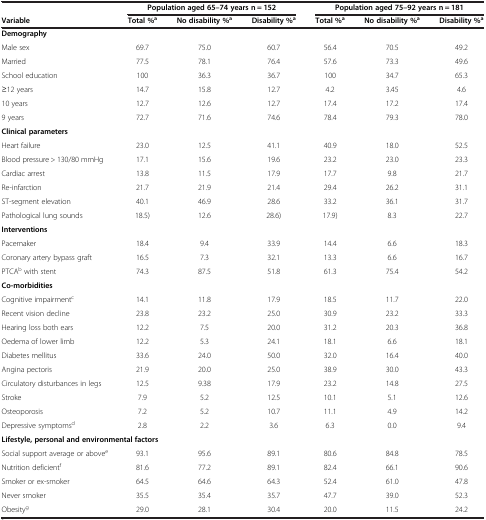
<table><thead><tr><td><b> </b></td><td colspan="3"><b>Population aged 65–74 years n = 152</b></td><td colspan="3"><b>Population aged 75–92 years n = 181</b></td></tr><tr><td><b>Variable</b></td><td><b>Total %<sup>a</sup></b></td><td><b>No disability %<sup>a</sup></b></td><td><b>Disability %<sup>a</sup></b></td><td><b>Total %<sup>a</sup></b></td><td><b>No disability %<sup>a</sup></b></td><td><b>Disability %<sup>a</sup></b></td></tr></thead><tbody><tr><td colspan="7"><b>Demography</b></td></tr><tr><td>Male sex</td><td>69.7</td><td>75.0</td><td>60.7</td><td>56.4</td><td>70.5</td><td>49.2</td></tr><tr><td>Married</td><td>77.5</td><td>78.1</td><td>76.4</td><td>57.6</td><td>73.3</td><td>49.6</td></tr><tr><td>School education</td><td>100</td><td>36.3</td><td>36.7</td><td>100</td><td>34.7</td><td>65.3</td></tr><tr><td>≥12 years</td><td>14.7</td><td>15.8</td><td>12.7</td><td>4.2</td><td>3.45</td><td>4.6</td></tr><tr><td>10 years</td><td>12.7</td><td>12.6</td><td>12.7</td><td>17.4</td><td>17.2</td><td>17.4</td></tr><tr><td>9 years</td><td>72.7</td><td>71.6</td><td>74.6</td><td>78.4</td><td>79.3</td><td>78.0</td></tr><tr><td colspan="7"><b>Clinical parameters</b></td></tr><tr><td>Heart failure</td><td>23.0</td><td>12.5</td><td>41.1</td><td>40.9</td><td>18.0</td><td>52.5</td></tr><tr><td>Blood pressure &gt; 130/80 mmHg</td><td>17.1</td><td>15.6</td><td>19.6</td><td>23.2</td><td>23.0</td><td>23.3</td></tr><tr><td>Cardiac arrest</td><td>13.8</td><td>11.5</td><td>17.9</td><td>17.7</td><td>9.8</td><td>21.7</td></tr><tr><td>Re-infarction</td><td>21.7</td><td>21.9</td><td>21.4</td><td>29.4</td><td>26.2</td><td>31.1</td></tr><tr><td>ST-segment elevation</td><td>40.1</td><td>46.9</td><td>28.6</td><td>33.2</td><td>36.1</td><td>31.7</td></tr><tr><td>Pathological lung sounds</td><td>18.5)</td><td>12.6</td><td>28.6)</td><td>17.9)</td><td>8.3</td><td>22.7</td></tr><tr><td colspan="7"><b>Interventions</b></td></tr><tr><td>Pacemaker</td><td>18.4</td><td>9.4</td><td>33.9</td><td>14.4</td><td>6.6</td><td>18.3</td></tr><tr><td>Coronary artery bypass graft</td><td>16.5</td><td>7.3</td><td>32.1</td><td>13.3</td><td>6.6</td><td>16.7</td></tr><tr><td>PTCA<sup>b</sup> with stent</td><td>74.3</td><td>87.5</td><td>51.8</td><td>61.3</td><td>75.4</td><td>54.2</td></tr><tr><td><b>Co-morbidities</b></td><td> </td><td> </td><td> </td><td> </td><td> </td><td> </td></tr><tr><td>Cognitive impairment<sup>c</sup></td><td>14.1</td><td>11.8</td><td>17.9</td><td>18.5</td><td>11.7</td><td>22.0</td></tr><tr><td>Recent vision decline</td><td>23.8</td><td>23.2</td><td>25.0</td><td>30.9</td><td>23.2</td><td>33.3</td></tr><tr><td>Hearing loss both ears</td><td>12.2</td><td>7.5</td><td>20.0</td><td>31.2</td><td>20.3</td><td>36.8</td></tr><tr><td>Oedema of lower limb</td><td>12.2</td><td>5.3</td><td>24.1</td><td>18.1</td><td>6.6</td><td>18.1</td></tr><tr><td>Diabetes mellitus</td><td>33.6</td><td>24.0</td><td>50.0</td><td>32.0</td><td>16.4</td><td>40.0</td></tr><tr><td>Angina pectoris</td><td>21.9</td><td>20.0</td><td>25.0</td><td>38.9</td><td>30.0</td><td>43.3</td></tr><tr><td>Circulatory disturbances in legs</td><td>12.5</td><td>9.38</td><td>17.9</td><td>23.2</td><td>14.8</td><td>27.5</td></tr><tr><td>Stroke</td><td>7.9</td><td>5.2</td><td>12.5</td><td>10.1</td><td>5.1</td><td>12.6</td></tr><tr><td>Osteoporosis</td><td>7.2</td><td>5.2</td><td>10.7</td><td>11.1</td><td>4.9</td><td>14.2</td></tr><tr><td>Depressive symptoms<sup>d</sup></td><td>2.8</td><td>2.2</td><td>3.6</td><td>6.3</td><td>0.0</td><td>9.4</td></tr><tr><td colspan="4"><b>Lifestyle, personal and environmental factors</b></td><td> </td><td> </td><td> </td></tr><tr><td>Social support average or above<sup>e</sup></td><td>93.1</td><td>95.6</td><td>89.1</td><td>80.6</td><td>84.8</td><td>78.5</td></tr><tr><td>Nutrition deficient<sup>f</sup></td><td>81.6</td><td>77.2</td><td>89.1</td><td>82.4</td><td>66.1</td><td>90.6</td></tr><tr><td>Smoker or ex-smoker</td><td>64.5</td><td>64.6</td><td>64.3</td><td>52.4</td><td>61.0</td><td>47.8</td></tr><tr><td>Never smoker</td><td>35.5</td><td>35.4</td><td>35.7</td><td>47.7</td><td>39.0</td><td>52.3</td></tr><tr><td>Obesity<sup>g</sup></td><td>29.0</td><td>28.1</td><td>30.4</td><td>20.0</td><td>11.5</td><td>24.2</td></tr></tbody></table>